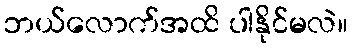
ဘယ်လောက်အထိ ပါနိုင်မလဲ။